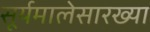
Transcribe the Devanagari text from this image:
सूर्यमालेसारख्या